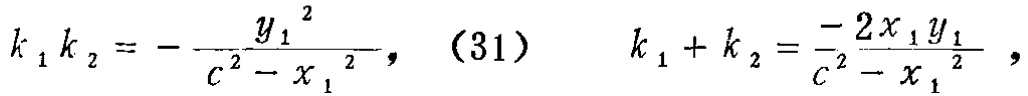
\[k_{1} k_{2}=-\frac{y_{1}^{2}}{c^{2}-x_{1}^{2}}, \quad(31) \quad k_{1}+k_{2}=\frac{-2 x_{1} y_{1}}{c^{2}-x_{1}^{2}},\]